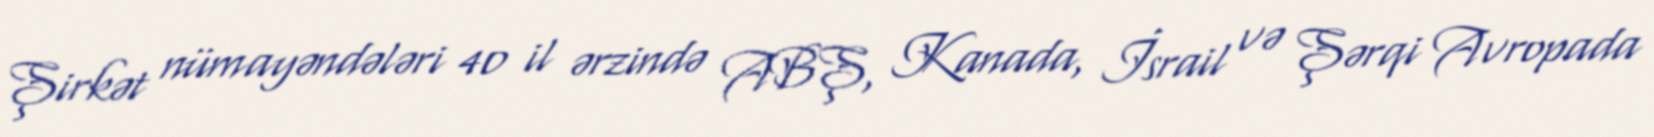
Şirkət nümayəndələri 40 il ərzində ABŞ, Kanada, İsrail və Şərqi Avropada